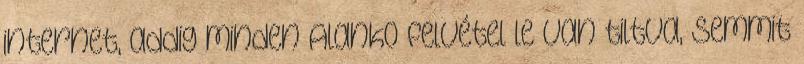
internet, addig minden Alanko felvétel le van tiltva, semmit